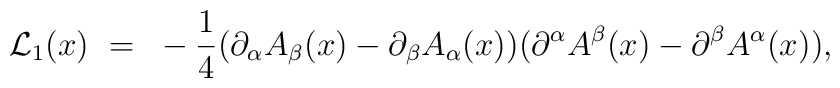
{\cal L}_1 (x) ~=~ -{1\over 4}(\partial_\alpha A_\beta (x) - \partial_\beta A_\alpha (x) )(\partial^\alpha A^\beta (x) - \partial^\beta A^\alpha (x)),